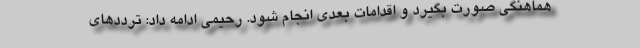
هماهنگی صورت بگیرد و اقدامات بعدی انجام شود. رحیمی ادامه داد: ترددهای